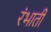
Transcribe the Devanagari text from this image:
रंभाती